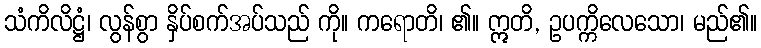
သံကိလိဋ္ဌံ၊ လွန်စွာ နှိပ်စက်အပ်သည် ကို။ ကရောတိ၊ ၏။ ဣတိ, ဥပက္ကိလေသော၊ မည်၏။